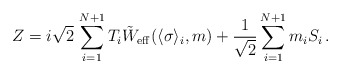
\begin{align*}Z = i\sqrt{2}\, \sum_{i=1}^{N+1}T_{i} \tilde W_{\rm eff}(\langle\sigma\rangle _{i},m) + {1\over\sqrt{2}}\sum_{i=1}^{N+1} m_{i}S_{i}\, .\end{align*}